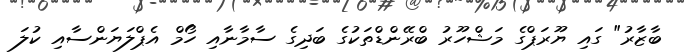
ބާޒާރު" ގައި ޔޫރަޕްގެ މަޝްހޫރު ބްރޭންޑްތަކުގެ ބަދިގެ ސާމާނާއި ހޯމް އެޕްލަޔަންސާއި ކުލަ